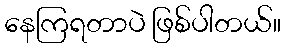
နေကြရတာပဲ ဖြစ်ပါတယ်။